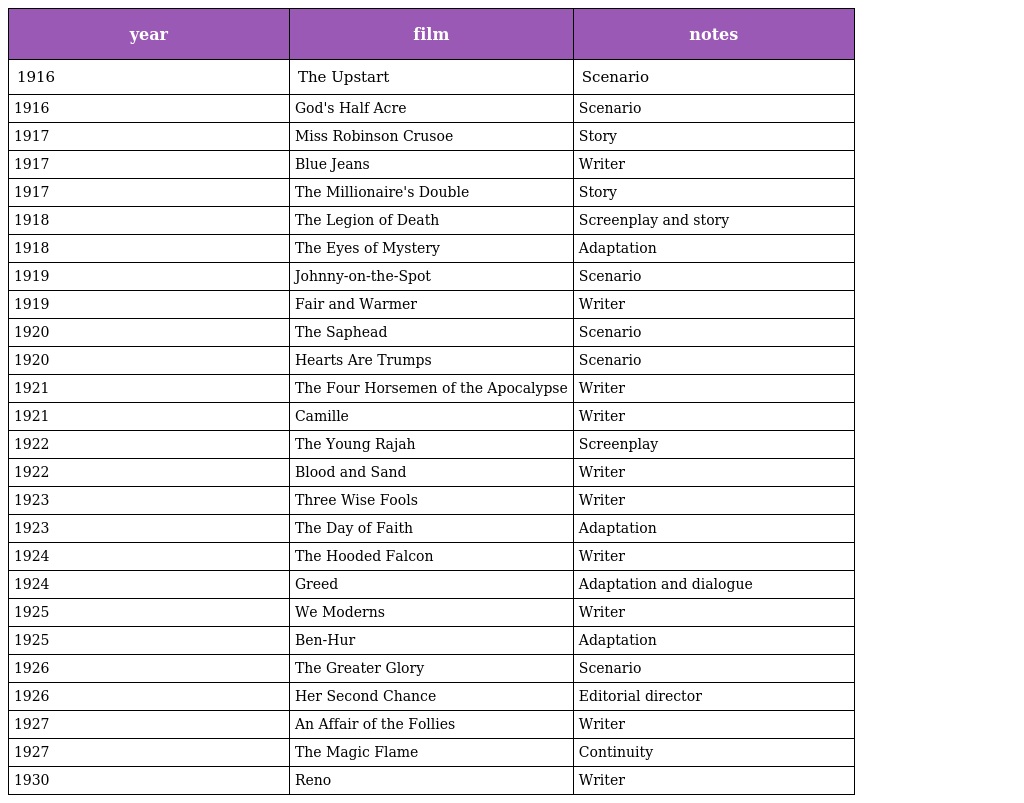
| year | film | notes |
 | --- | --- | --- |
 | 1916 | The Upstart | Scenario |
 | 1916 | God's Half Acre | Scenario |
 | 1917 | Miss Robinson Crusoe | Story |
 | 1917 | Blue Jeans | Writer |
 | 1917 | The Millionaire's Double | Story |
 | 1918 | The Legion of Death | Screenplay and story |
 | 1918 | The Eyes of Mystery | Adaptation |
 | 1919 | Johnny-on-the-Spot | Scenario |
 | 1919 | Fair and Warmer | Writer |
 | 1920 | The Saphead | Scenario |
 | 1920 | Hearts Are Trumps | Scenario |
 | 1921 | The Four Horsemen of the Apocalypse | Writer |
 | 1921 | Camille | Writer |
 | 1922 | The Young Rajah | Screenplay |
 | 1922 | Blood and Sand | Writer |
 | 1923 | Three Wise Fools | Writer |
 | 1923 | The Day of Faith | Adaptation |
 | 1924 | The Hooded Falcon | Writer |
 | 1924 | Greed | Adaptation and dialogue |
 | 1925 | We Moderns | Writer |
 | 1925 | Ben-Hur | Adaptation |
 | 1926 | The Greater Glory | Scenario |
 | 1926 | Her Second Chance | Editorial director |
 | 1927 | An Affair of the Follies | Writer |
 | 1927 | The Magic Flame | Continuity |
 | 1930 | Reno | Writer |